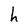
Character: h